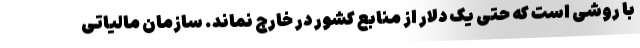
با روشی است که حتی یک دلار از منابع کشور در خارج نماند. سازمان مالیاتی